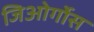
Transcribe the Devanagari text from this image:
जिओर्गोस